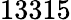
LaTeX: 13315